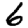
Digit: 6